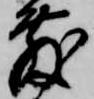
敷